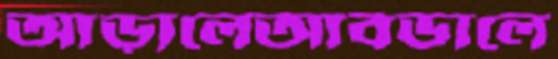
আড়ালেআবডালে